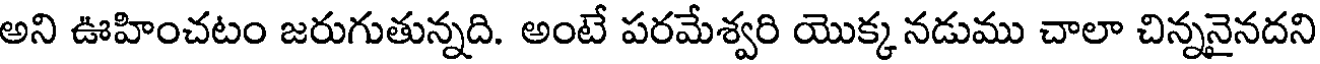
అని ఊహించటం జరుగుతున్నది. అంటే పరమేశ్వరి యొక్క నడుము చాలా చిన్ననైనదని